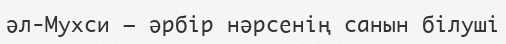
әл-Мухси – әрбір нәрсенің санын білуші